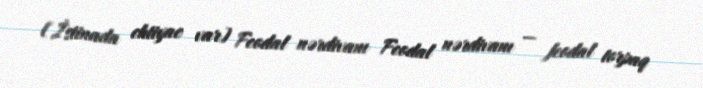
[İstinada ehtiyac var] Feodal nərdivanı Feodal nərdivanı — feodal torpaq